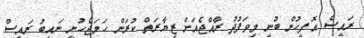
ރައީސް އޮފީހުން ބުނީ މިވަފުދު ރާއްޖެއަށް ޒިޔާރަތް ކުރަން ހަމަޖެހުނީ ނައިބު ރައީސް